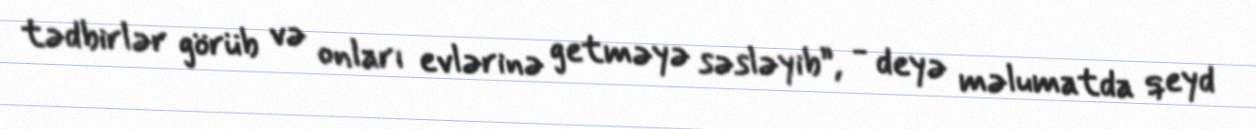
tədbirlər görüb və onları evlərinə getməyə səsləyib”, - deyə məlumatda qeyd